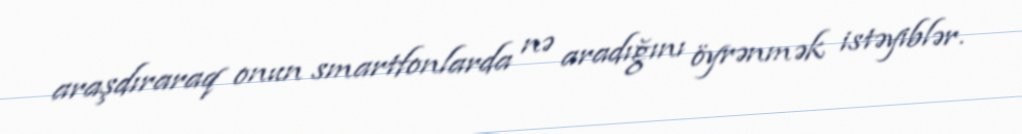
araşdıraraq onun smartfonlarda nə aradığını öyrənmək istəyiblər.